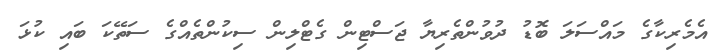
އެމެރިކާގެ މައްސަލަ ބޮޑު ދުވުންތެރިޔާ ޖަސްޓިން ގެޓްލިން ސިކުންތެއްގެ ސަތޭކަ ބައި ކުޅަ